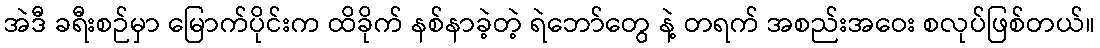
အဲဒီ ခရီးစဉ်မှာ မြောက်ပိုင်းက ထိခိုက် နစ်နာခဲ့တဲ့ ရဲဘော်တွေ နဲ့ တရက် အစည်းအဝေး စလုပ်ဖြစ်တယ်။